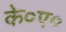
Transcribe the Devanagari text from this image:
के०ए०